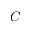
C